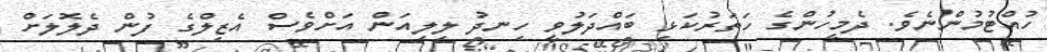
ހުއްޓުމުންނެވެ. ދެމީހުންގެ ހަތަރުކަޅި ބައްދަލުވީ ހިނދު ލިލިއަން އަށްވެސް އެޒިލްގެ ފުން ދެލޮލަށް